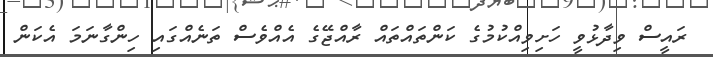
ރައީސް ވިދާޅުވީ ހަށިވިއްކުމުގެ ކަންތައްތައް ރާއްޖޭގެ އެއްވެސް ތަނެއްގައި ހިންގާނަމަ އެކަން